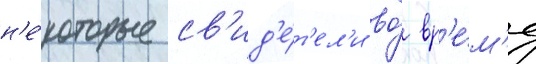
н'е́которые св'ид'е́т'ел'и во́ вр'е́м'я